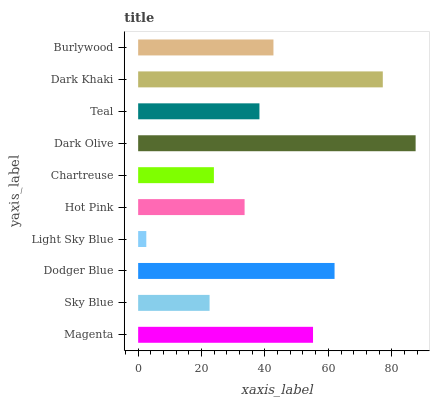
| yaxis_label | bars |
 | --- | --- |
 | Magenta | 55.2 |
 | Sky Blue | 22.5 |
 | Dodger Blue | 62 |
 | Light Sky Blue | 2.57 |
 | Hot Pink | 33.6 |
 | Chartreuse | 23.9 |
 | Dark Olive | 87.5 |
 | Teal | 38.3 |
 | Dark Khaki | 77.2 |
 | Burlywood | 42.7 |